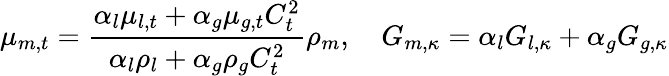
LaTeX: \mu_{m,t}=\frac{\alpha_{l}\mu_{l,t}+\alpha_{g}\mu_{g,t}C_{t}^{2}}{\alpha_{l}\rho_{l}+\alpha_{g}\rho_{g}C_{t}^{2}}\rho_{m},\quad G_{m,\kappa}=\alpha_{l}G_{l,\kappa}+\alpha_{g}G_{g,\kappa}